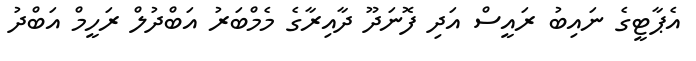
އެޕާޓީގެ ނައިބު ރައީސް އަދި ފޮނަދޫ ދާއިރާގެ މެމްބަރު އަބްދުލް ރަހީމް އަބްދު